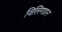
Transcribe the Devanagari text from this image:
विलिगडन